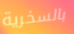
بالسخرية